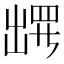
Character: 𫥧